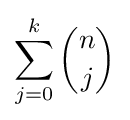
\sum _{j=0}^{k}{\binom {n}{j}}